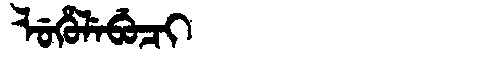
Manchu: ᠯᡠᡥᡠᠯᡝᠪᡠᠴᡳ
Romanization: LUHULEBUCI